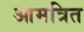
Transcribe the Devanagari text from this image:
आमत्रित